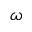
\omega